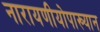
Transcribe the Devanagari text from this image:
नारायणीयोपाख्यान